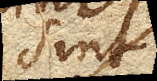
sint